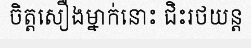
ចិត្តសឿងម្នាក់នោះ ជិះរថយន្ត